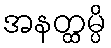
အနတ္ထမ္ပိ